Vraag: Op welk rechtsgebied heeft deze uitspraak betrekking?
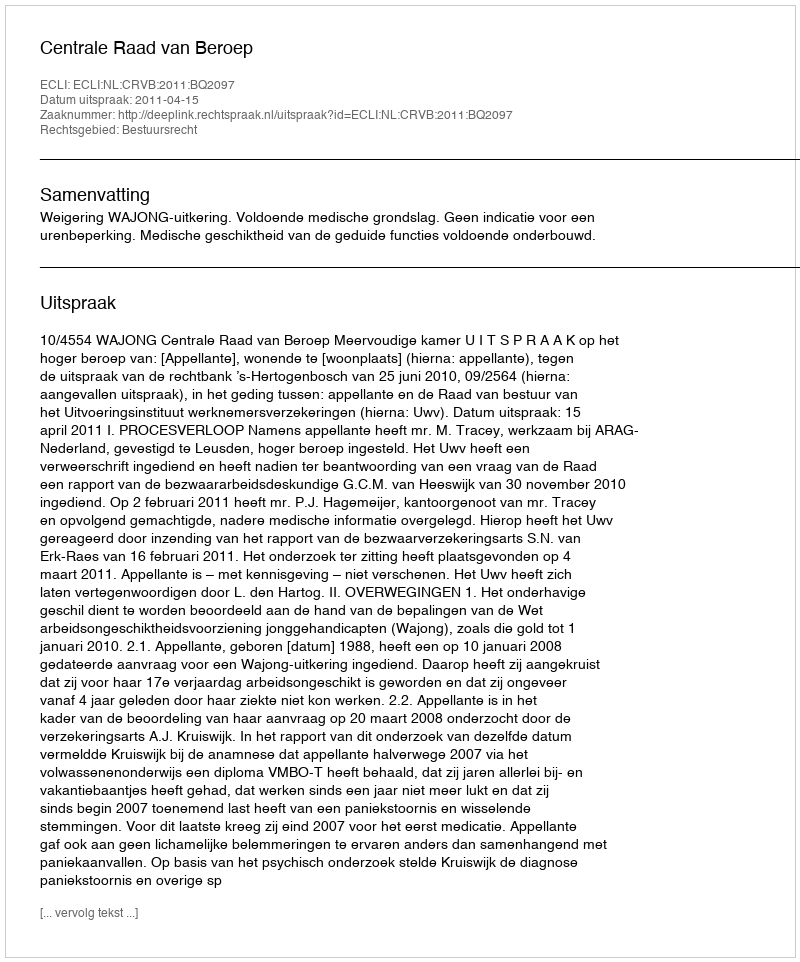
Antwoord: Bestuursrecht